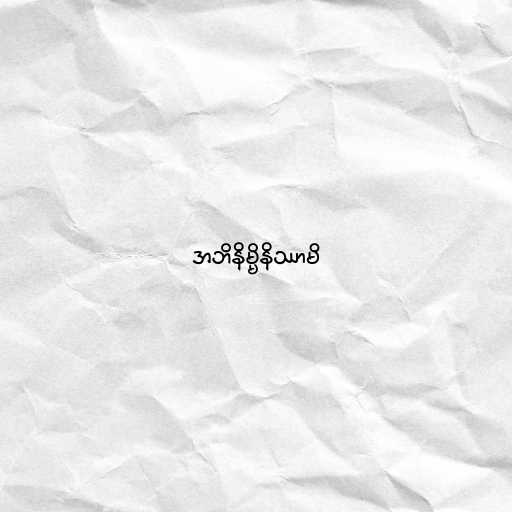
အဘိနိမ္မိနိဿာမိ